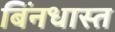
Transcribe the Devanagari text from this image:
बिंनधास्त